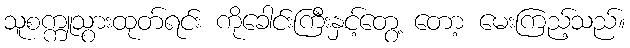
သူစက္ကူသွားထုတ်ရင်း ကိုခေါင်းကြီးနှင့်တွေ့ တော့ မေးကြည့်သည်။